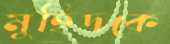
মুহিদকে